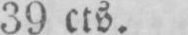
39 cts.